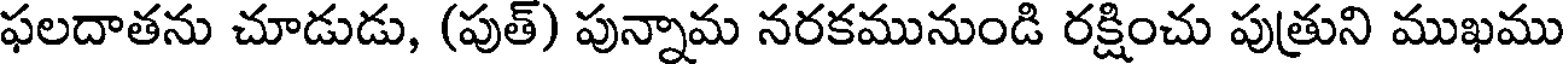
ఫలదాతను చూడుడు, (పుత్) పున్నామ నరకమునుండి రక్షించు పుత్రుని ముఖము